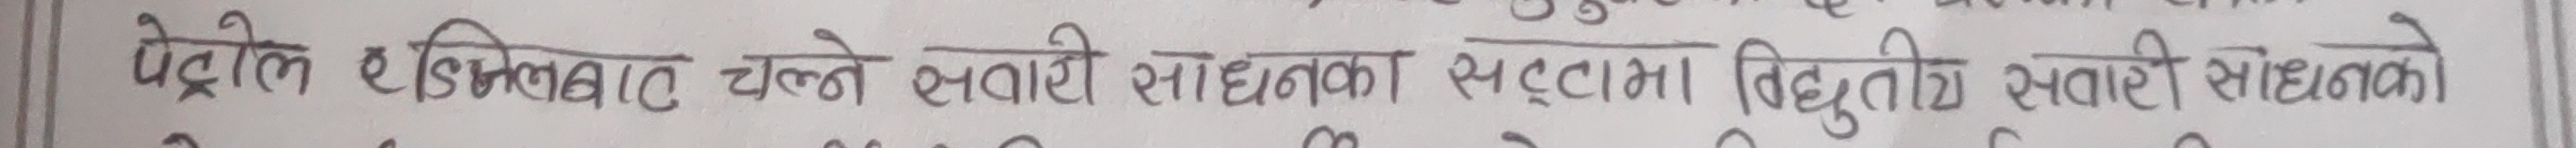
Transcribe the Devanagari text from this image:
पेट्रोल र डिजेलबाट चल्ने सवारी साधनका सट्टामा विद्युतीय सवारी साधनको